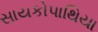
સાયકોપાથિયા